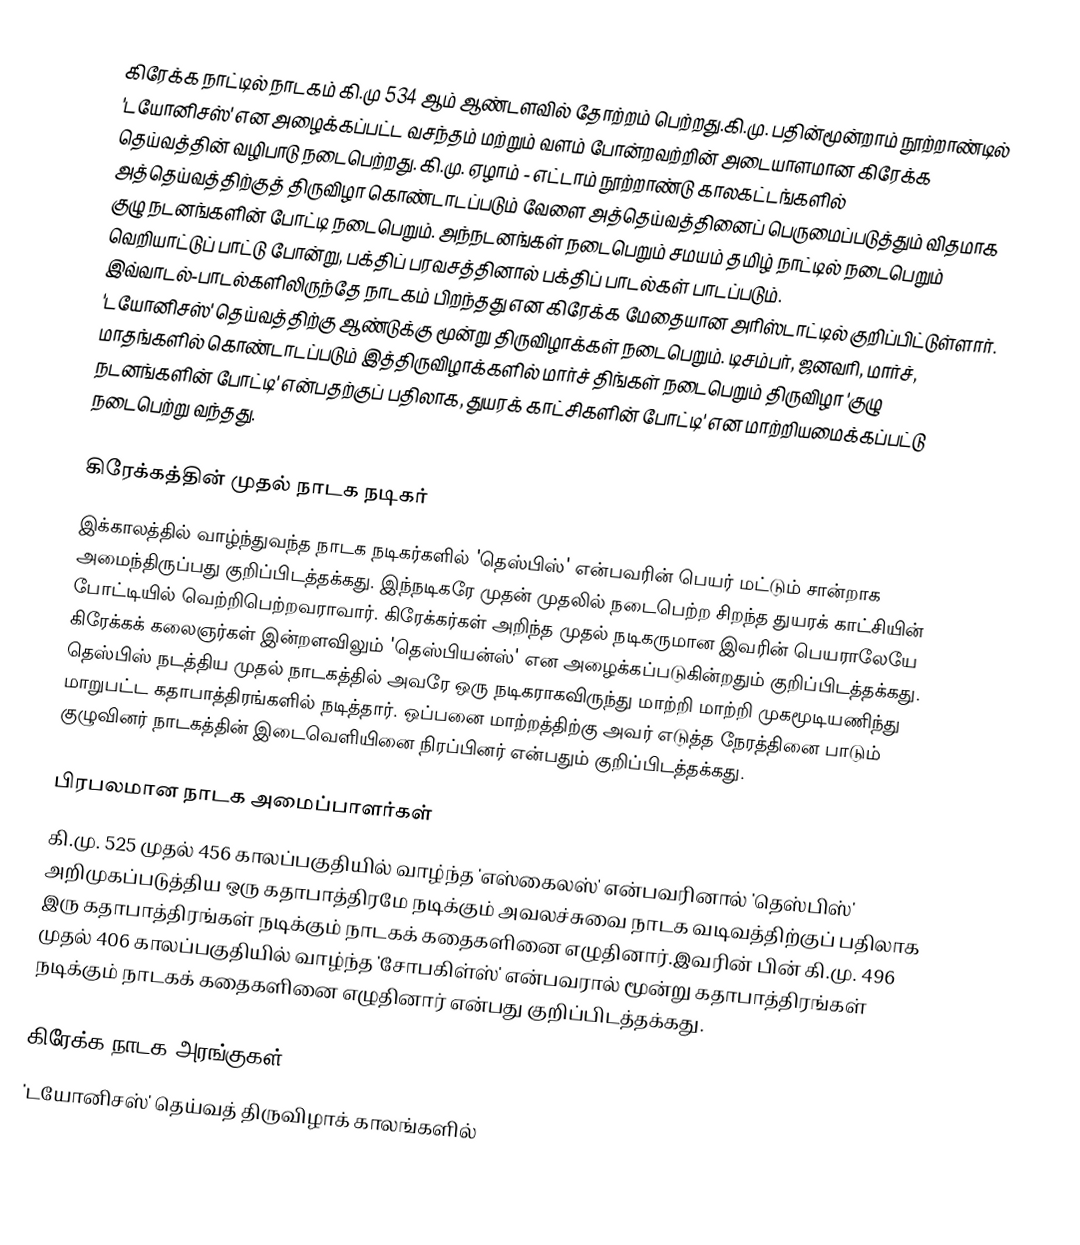
கிரேக்க நாட்டில் நாடகம் கி.மு 534 ஆம் ஆண்டளவில் தோற்றம் பெற்றது.கி.மு. பதின்மூன்றாம் நூற்றாண்டில் 'டயோனிசஸ்' என அழைக்கப்பட்ட வசந்தம் மற்றும் வளம் போன்றவற்றின் அடையாளமான கிரேக்க தெய்வத்தின் வழிபாடு நடைபெற்றது. கி.மு. ஏழாம் - எட்டாம் நூற்றாண்டு காலகட்டங்களில் அத்தெய்வத்திற்குத் திருவிழா கொண்டாடப்படும் வேளை அத்தெய்வத்தினைப் பெருமைப்படுத்தும் விதமாக குழு நடனங்களின் போட்டி நடைபெறும். அந்நடனங்கள் நடைபெறும் சமயம் தமிழ் நாட்டில் நடைபெறும் வெறியாட்டுப் பாட்டு போன்று, பக்திப் பரவசத்தினால் பக்திப் பாடல்கள் பாடப்படும். இவ்வாடல்-பாடல்களிலிருந்தே நாடகம் பிறந்தது என கிரேக்க மேதையான அரிஸ்டாட்டில் குறிப்பிட்டுள்ளார். 'டயோனிசஸ்'  தெய்வத்திற்கு ஆண்டுக்கு மூன்று திருவிழாக்கள் நடைபெறும். டிசம்பர், ஜனவரி, மார்ச், மாதங்களில் கொண்டாடப்படும் இத்திருவிழாக்களில் மார்ச் திங்கள் நடைபெறும் திருவிழா 'குழு நடனங்களின் போட்டி' என்பதற்குப் பதிலாக, துயரக் காட்சிகளின் போட்டி' என மாற்றியமைக்கப்பட்டு நடைபெற்று வந்தது.

கிரேக்கத்தின் முதல் நாடக நடிகர்
இக்காலத்தில் வாழ்ந்துவந்த நாடக நடிகர்களில் 'தெஸ்பிஸ்' என்பவரின் பெயர் மட்டும் சான்றாக அமைந்திருப்பது குறிப்பிடத்தக்கது. இந்நடிகரே முதன் முதலில் நடைபெற்ற சிறந்த துயரக் காட்சியின் போட்டியில் வெற்றிபெற்றவராவார். கிரேக்கர்கள் அறிந்த முதல் நடிகருமான இவரின் பெயராலேயே கிரேக்கக் கலைஞர்கள் இன்றளவிலும் 'தெஸ்பியன்ஸ்' என அழைக்கப்படுகின்றதும் குறிப்பிடத்தக்கது. தெஸ்பிஸ் நடத்திய முதல் நாடகத்தில் அவரே ஒரு நடிகராகவிருந்து மாற்றி மாற்றி முகமூடியணிந்து மாறுபட்ட கதாபாத்திரங்களில் நடித்தார். ஒப்பனை மாற்றத்திற்கு அவர் எடுத்த நேரத்தினை பாடும் குழுவினர் நாடகத்தின் இடைவெளியினை நிரப்பினர் என்பதும் குறிப்பிடத்தக்கது.

பிரபலமான நாடக அமைப்பாளர்கள்
கி.மு. 525 முதல் 456 காலப்பகுதியில் வாழ்ந்த 'எஸ்கைலஸ்' என்பவரினால் 'தெஸ்பிஸ்' அறிமுகப்படுத்திய ஒரு கதாபாத்திரமே நடிக்கும் அவலச்சுவை நாடக வடிவத்திற்குப் பதிலாக இரு கதாபாத்திரங்கள் நடிக்கும் நாடகக் கதைகளினை எழுதினார்.இவரின் பின் கி.மு. 496 முதல் 406 காலப்பகுதியில் வாழ்ந்த 'சோபகிள்ஸ்' என்பவரால் மூன்று கதாபாத்திரங்கள் நடிக்கும் நாடகக் கதைகளினை எழுதினார் என்பது குறிப்பிடத்தக்கது.

கிரேக்க நாடக அரங்குகள்
'டயோனிசஸ்' தெய்வத் திருவிழாக் காலங்களில்